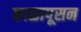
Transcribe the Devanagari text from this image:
काळापूसन